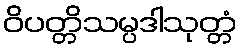
ဝိပတ္တိသမ္ပဒါသုတ္တံ